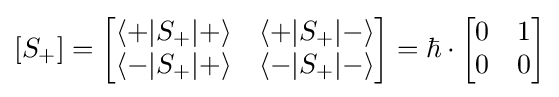
[S_{+}]={\begin{bmatrix}\langle +|S_{+}|+\rangle &\langle +|S_{+}|-\rangle \\\langle -|S_{+}|+\rangle &\langle -|S_{+}|-\rangle \end{bmatrix}}=\hbar \cdot {\begin{bmatrix}0&1\\0&0\end{bmatrix}}